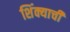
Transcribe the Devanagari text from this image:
शिंक्याची